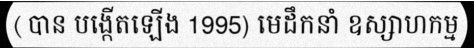
( បាន បង្កើតឡើង 1995) មេដឹកនាំ ឧស្សាហកម្ម